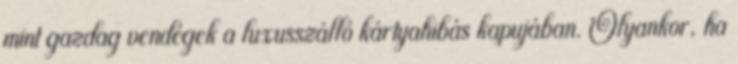
mint gazdag vendégek a luxusszálló kártyahibás kapujában. Olyankor, ha